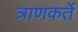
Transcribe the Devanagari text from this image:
त्राणकर्ते